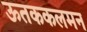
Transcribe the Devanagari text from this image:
ऊतककलमन